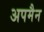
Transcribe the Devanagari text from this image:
अपमैन